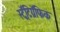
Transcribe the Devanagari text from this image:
स्ट्रॅटिग्रॅफिक